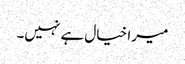
میرا خیال ہے نہیں۔